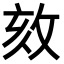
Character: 𢼵